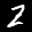
Label: 2